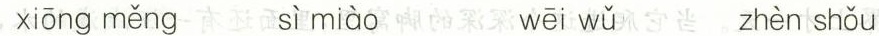
xiōng měng sì miào wēi wǔ zhèn shǒu